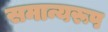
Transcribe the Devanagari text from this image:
समान्यरूप